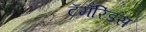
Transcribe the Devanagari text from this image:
टॅमॅरिंडस